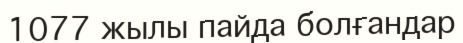
1077 жылы пайда болғандар